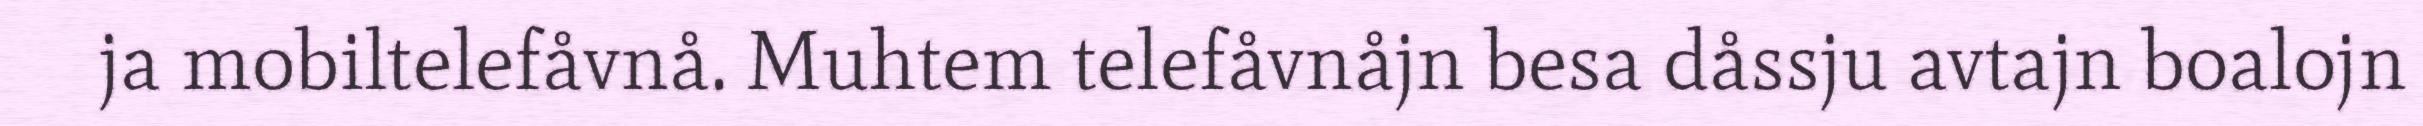
ja mobiltelefåvnå. Muhtem telefåvnåjn besa dåssju avtajn boalojn